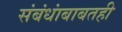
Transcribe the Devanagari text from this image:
संबंधांबाबतही